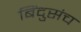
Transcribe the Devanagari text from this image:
बिंदुसंच